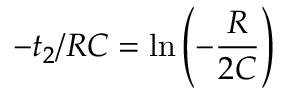
- t _ { 2 } / R C = \ln { \left( - \frac { R } { 2 C } \right) }